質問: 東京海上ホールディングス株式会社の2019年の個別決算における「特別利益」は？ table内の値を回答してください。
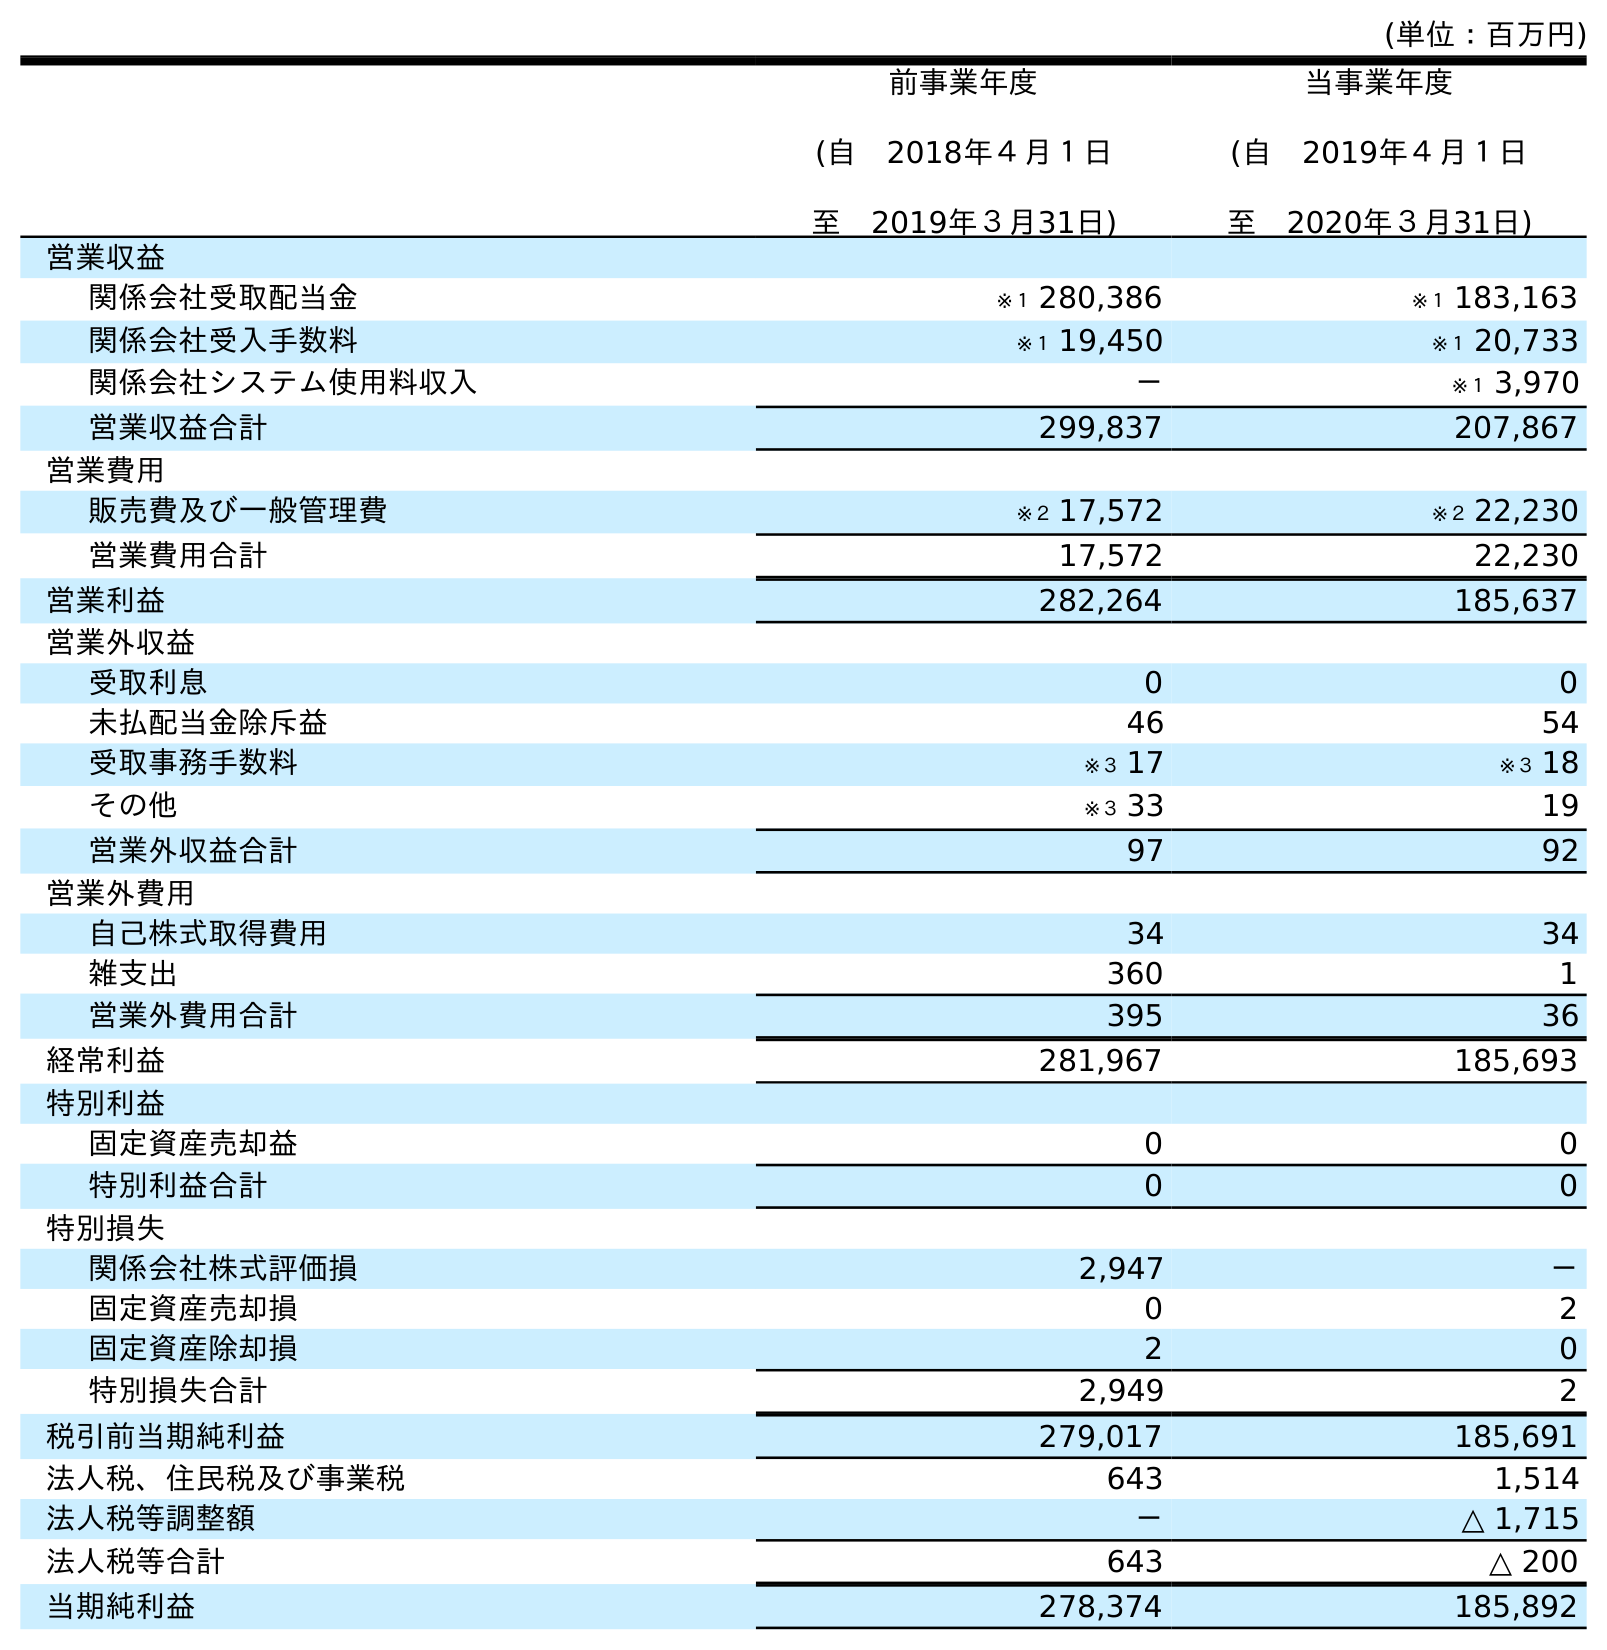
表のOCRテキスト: (単位：百万円) 前事業年度 (自 2018年４月１日 至 2019年３月31日) 当事業年度 (自 2019年４月１日 至 2020年３月31日) 営業収益 関係会社受取配当金 ※１ 280,386 ※１ 183,163 関係会社受入手数料 ※１ 19,450 ※１ 20,733 関係会社システム使用料収入 － ※１ 3,970 営業収益合計 299,837 207,867 営業費用 販売費及び一般管理費 ※２ 17,572 ※２ 22,230 営業費用合計 17,572 22,230 営業利益 282,264 185,637 営業外収益 受取利息 0 0 未払配当金除斥益 46 54 受取事務手数料 ※３ 17 ※３ 18 その他 ※３ 33 19 営業外収益合計 97 92 営業外費用 自己株式取得費用 34 34 雑支出 360 1 営業外費用合計 395 36 経常利益 281,967 185,693 特別利益 固定資産売却益 0 0 特別利益合計 0 0 特別損失 関係会社株式評価損 2,947 － 固定資産売却損 0 2 固定資産除却損 2 0 特別損失合計 2,949 2 税引前当期純利益 279,017 185,691 法人税、住民税及び事業税 643 1,514 法人税等調整額 － △ 1,715 法人税等合計 643 △ 200 当期純利益 278,374 185,892
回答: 0